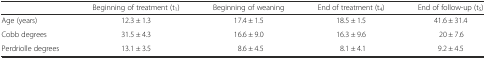
|  | Beginning of treatment (t1) | Beginning of weaning | End of treatment (t4) | End of follow-up (t5) |
 | --- | --- | --- | --- | --- |
 | Age (years) | 12.3 ± 1.3 | 17.4 ± 1.5 | 18.5 ± 1.5 | 41.6 ± 31.4 |
 | Cobb degrees | 31.5 ± 4.3 | 16.6 ± 9.0 | 16.3 ± 9.6 | 20 ± 7.6 |
 | Perdriolle degrees | 13.1 ± 3.5 | 8.6 ± 4.5 | 8.1 ± 4.1 | 9.2 ± 4.5 |